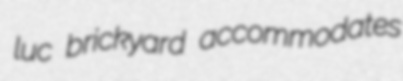
luc brickyard accommodates